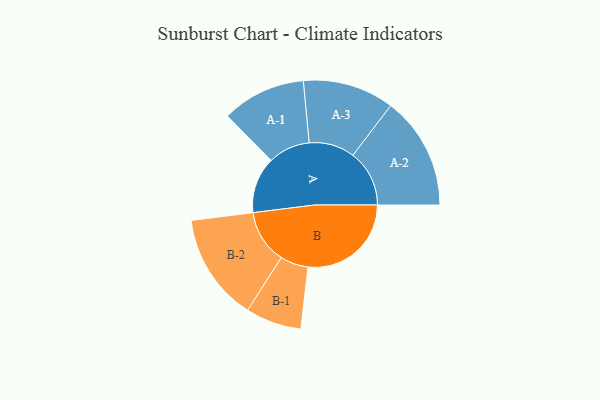
{"axis": {"x": "Segment", "y": "Value"}, "legend": ["", "A", "B"], "data": [{"x": "A", "y": 241, "type": ""}, {"x": "B", "y": 443, "type": ""}, {"x": "A-1", "y": 180, "type": "A"}, {"x": "A-2", "y": 242, "type": "A"}, {"x": "A-3", "y": 196, "type": "A"}, {"x": "B-1", "y": 120, "type": "B"}, {"x": "B-2", "y": 231, "type": "B"}]}